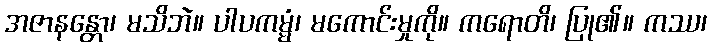
အဇာနန္တော၊ မသိဘဲ။ ပါပကမ္မံ၊ မကောင်းမှုကို။ ကရောတိ၊ ပြု၏။ ကဿ၊